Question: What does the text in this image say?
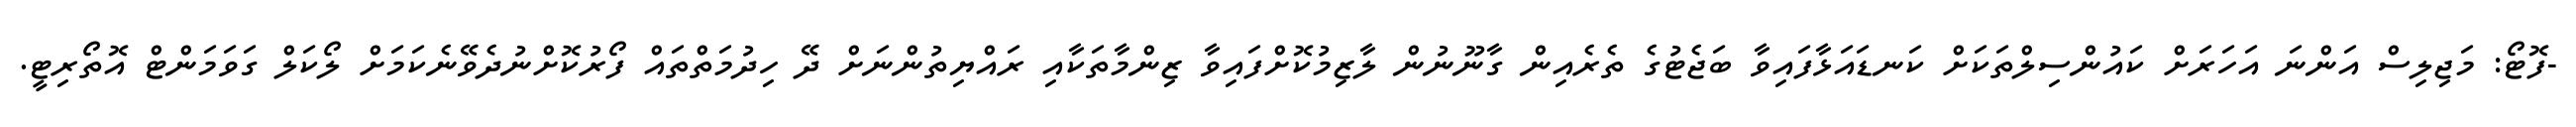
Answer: -ފޮޓޯ: މަޖިލިސް އަންނަ އަހަރަށް ކައުންސިލްތަކަށް ކަނޑައަޅާފައިވާ ބަޖެޓުގެ ތެރެއިން ގާނޫނުން ލާޒިމުކޮށްފައިވާ ޒިންމާތަކާއި ރައްޔިތުންނަށް ދޭ ހިދުމަތްތައް ފޯރުކޮށްނުދެވޭނެކަމަށް ލޯކަލް ގަވަމަންޓް އޮތޯރިޓީ.